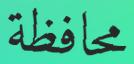
محافظة